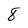
Character: 8